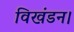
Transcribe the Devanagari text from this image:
विखंडन।